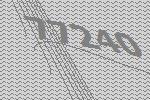
77240